Vaccination in Burma 1889-1999 - 1889-1999
Year: 1889
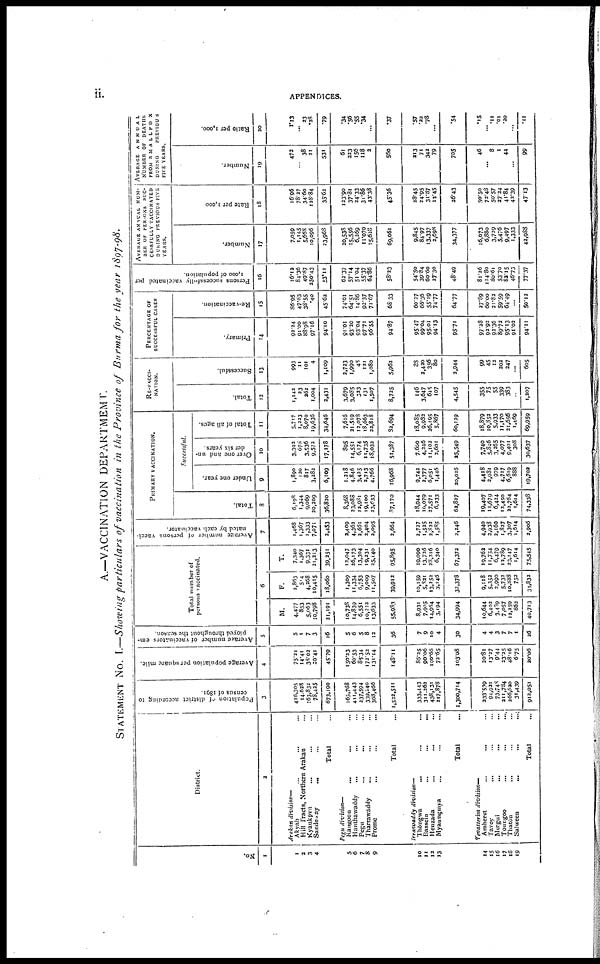
ii.
APPENDICES.
A.—VACCINATION DEPARTMENT.
STATEMENT No. I.—Showing particulars of vaccination in the Province of Burma for the year 1897-98.
No.
1
1
2
3
4
5
6
7
8
9
10
11
12
13
14
15
16
17
18
19
District.
2
Arakan division—
Akyab ... ... ...
Hill Tracts, Northern Arakan...
Kyaukpvu... ... ...
Sandoway... ... ...
Total...
Pegu division—
Rangoon... ... ...
Hanthawaddy... ... ...
Pegu... ...
Tharrawaddy... ... ...
Prome... ... ...
Total...
Irrawaddy
division—
Thangwa
...
...
...
Bassein
...
...
...
Henzada... ... ...
Myaungmya... ... ...
Total...
Tenasserim division—
Amherst
...
...
...
Tavoy...
...
...
Mergui...
...
...
Toungoo...
...
...
Thatôn... ... ...
Salween
...
...
...
Total...
Population of district according to
census of 1891.
3
416,305
14,628
163,832
78,425
673,190
165,768
411,443
237,594
339,240
368,466
1,522,511
333,443
311,262
438,131
217,878
1,300,714
333,539
94,921
73,748
211,784
266,620
31,439
912,051
Average population per square mile.
4
75.21
14.41
38.03
20.41
45.79
150.23
60.53
85.34
172.52
131.14
148.11
86.35
90.06
190.66
73.65
103.08
20.81
13.37
9.44
23.25
48.16
6.75
20.06
Average number of vaccinators em-
ployed throughout the season.
5
5
1
7
3
16
5
6
5
8
12
36
7
9
10
4
30
4
4
3
7
7
1
26
Total number of
persons vaccinated.
6
M.
4,477
853
5,063
10,798
21,191
10,738
14,839
6,551
10,222
13,633
55,983
8,931
7,905
14,964
3,194
34,994
10,644
6,402
3,439
7,057
13,259
862
40,713
F.
2,863
514
4,268
10,415
18,060
1,309
11,334
6,753
9,009
11,507
39,912
10,159
5,831
13,252
3,146
32,378
9,118
5,352
2,990
5,732
10,888
752
31,832
T.
7,340
1,367
9,331
31,213
39,251
12,047
26,173
13,304
19,231
25,140
95,895
19,090
13,726
28,316
6,340
67,373
19,762
11,754
6,479
13,789
23,147
1,614
75,545
Average number of persons vacci-
nated by each vaccinator.
7
1,468
1,367
1,333
7,071
2,453
2,409
4,363
2,661
2,404
2,095
2,664
2,727
1,525
2,822
1,585
2,246
4,940
3,938
2,160
1,827
3,307
1,614
2,906
Primary vaccination.
Total.
8
6,198
1,344
9,069
20,209
36,830
8,368
33,088
12,981
19,100
23,633
87,170
18,944
10,079
37,571
6,233
62,837
19,407
11,679
6,424
12,450
22,764
1,614
74,338
Successful.
Under one year.
9
1,890
120
817
3,382
6,109
1,218
4,846
3,425
2,713
4,766
16,968
9,742
2,777
6,051
1,446
20,016
4,418
3,081
979
4,717
6,619
888
19,702
O ver one and un-
der six years.
10
3,302
678
3,536
9,573
17,178
895
14,551
6,174
11,735
18,032
51,387
7,600
4,346
11,102
2,601
25,549
7,740
5,846
3,265
4,077
9,401
308
30,637
Total of all ages.
11
5,717
1,223
8,070
19,636
34,646
7,616
21,519
12,078
18,663
22,818
32,694
18,085
9,983
26,195
5,867
60,129
18,879
10,852
5,933
11,170
21,656
1,469
69,959
Re-vacci-
nation.
Total.
12
1,142
23
262
1,004
2,431
3,679
3,085
323
131
1,507
8,725
146
3,647
645
107
4,545
355
75
55
339
383
...
1,207
Successful.
13
993
11
101
4
1,109
2,723
1,990
48
121
1,080
5,962
88
2,420
356
80
2,944
99
45
12
202
247
...
605
Percentage of
successful cases
Primary.
14
92.24
91.00
88.98
97.16
94.10
91.01
93.20
93.04
97.71
96.55
94.87
95.47
99.04
95.01
94.13
95.71
97.28
92.92
92.36
89.72
95.13
91.02
94.11
Re-vaccination.
15
86.95
47.83
38.55
.40
45.62
74.01
64.51
14.86
92.37
71.67
68.33
60.27
66.36
55.19
74.77
64.77
27.89
60.00
21.82
59.59
64.49
...
50.12
Persons successfully vaccinated per
1,000 of population.
16
16.12
84.36
49.87
250.43
53.11
62.37
57.14
51.04
55.37
64.86
58.23
54.50
39.84
60.60
37.30
48.49
81.36
114.80
80.61
53.70
83.15
46.73
77.37
AVERAGE ANNUAL NUM-
BER OF PERSONS SUC-
CESSFULLY VACCINATED
DURING PREVIOUS FIVE
YEARS.
Number.
17
7,059
1,145
5,668
10,096
23,963
20,538
15,556
6,269
11,070
15,628
69,061
9,845
84.97
13,337
2,698
34,377
16,073
6,880
3,729
5,476
9,497
1,333
42,988
Rate per 1,000
18
16.96
78.27
34.60
128.84
35.62
123.90
37.81
24.33
31.86
43.38
45.36
28.45
24.95
31.87
12.45
26.43
50.50
73.48
50.57
27.24
41.84
42.39
47.13
Average annual
number of deaths
from smallpox
during
previous
five years.
Number.
19
472
...
38
21
531
61
223
156
118
2
560
213
71
342
79
705
46
... 8
1
44
...
99
Ratio per 1,000.
20
1.13
... 23
.28
.79
.34
.56
.55
.34
...
.37
.57
.22
.78
...
.54
.15
... .11
.01
.20
...
.11